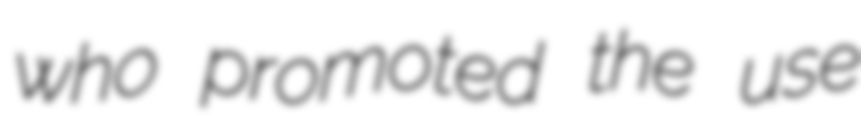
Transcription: who promoted the use